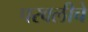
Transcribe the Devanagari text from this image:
परवलीचे